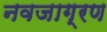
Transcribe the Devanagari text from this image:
नवजाग्रण